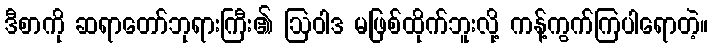
ဒီစာကို ဆရာတော်ဘုရားကြီး၏ ဩဝါဒ မဖြစ်ထိုက်ဘူးလို့ ကန့်ကွက်ကြပါရောတဲ့။